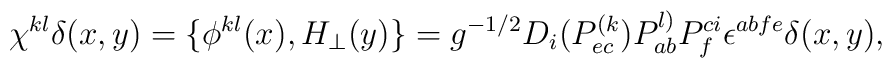
\chi ^{kl}\delta (x,y)=\{\phi ^{kl}(x),H_{\perp}(y)\}=g^{-1/2}D_{i}(P_{ec}^{(k})P_{ab}^{l)}P_{f}^{ci}\epsilon ^{abfe}\delta(x,y),